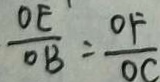
\frac { O E } { O B } = \frac { O F } { O C }